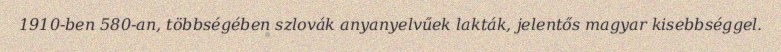
1910-ben 580-an, többségében szlovák anyanyelvűek lakták, jelentős magyar kisebbséggel.